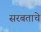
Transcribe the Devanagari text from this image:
सरबताचे